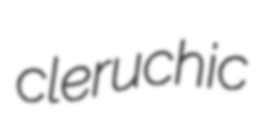
cleruchic